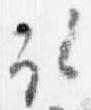
取